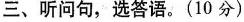
三、听问句,选答语.(10 分)